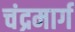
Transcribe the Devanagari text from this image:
चंद्रमार्ग